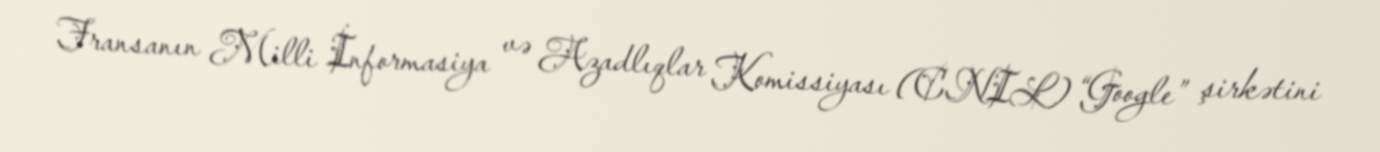
Fransanın Milli İnformasiya və Azadlıqlar Komissiyası (CNIL) “Google” şirkətini